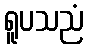
ရူပသညံ